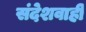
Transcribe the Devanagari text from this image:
संदेशवाही